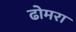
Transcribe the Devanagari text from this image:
ढोमरा